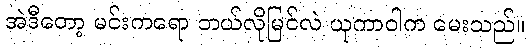
အဲဒီတော့ မင်းကရော ဘယ်လိုမြင်လဲ ယုကာဝါက မေးသည်။